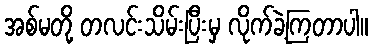
အစ်မတို့ တလင်းသိမ်းပြီးမှ လိုက်ခဲ့ကြတာပါ။